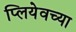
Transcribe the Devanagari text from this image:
प्लियेवच्या